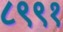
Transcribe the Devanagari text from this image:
८९९१